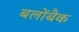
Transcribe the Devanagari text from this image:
बलोंबैक